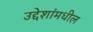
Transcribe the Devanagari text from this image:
उद्देशांमधील